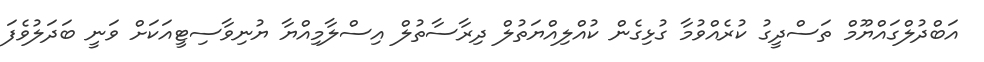
އަބްދުލްގައްޔޫމް ތަސްދީގު ކުރެއްވުމާ ގުޅިގެން ކުއްލިއްޔަތުލް ދިރާސާތުލް އިސްލާމިއްޔާ ޔުނިވާސިޓީއަކަށް ވަނީ ބަދަލުވެފަ